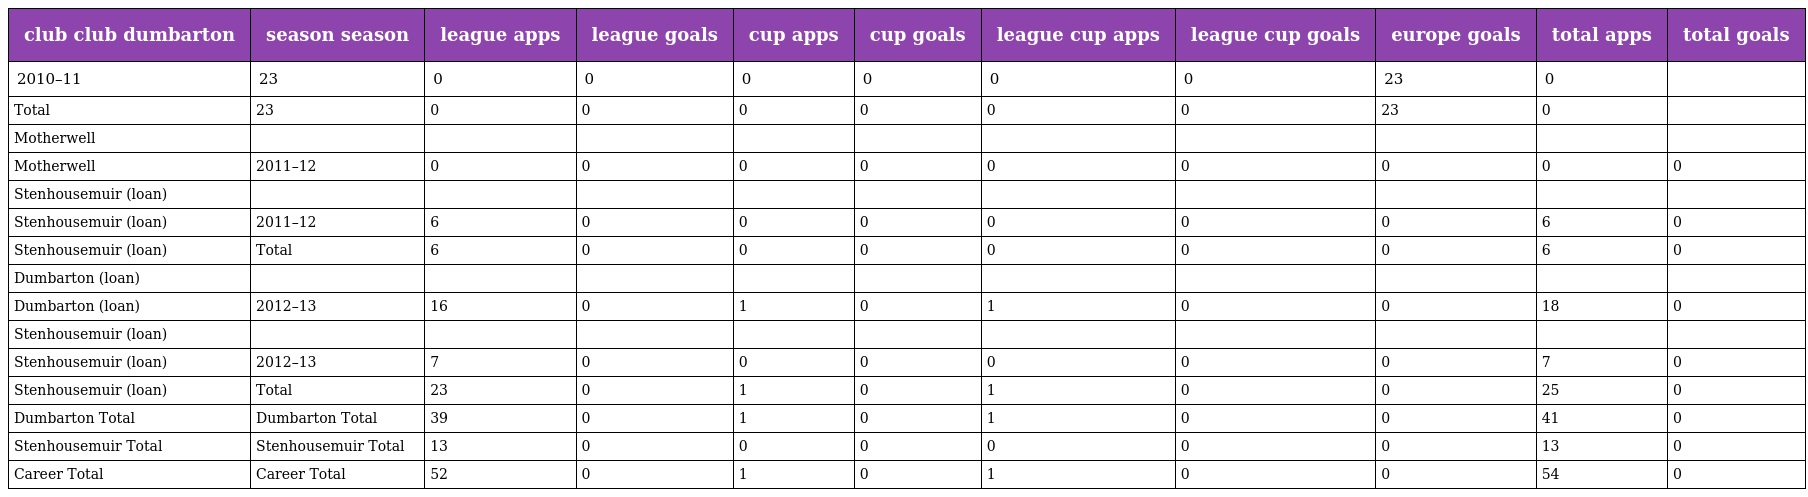
| club club dumbarton | season season | league apps | league goals | cup apps | cup goals | league cup apps | league cup goals | europe goals | total apps | total goals |
 | --- | --- | --- | --- | --- | --- | --- | --- | --- | --- | --- |
 | 2010–11 | 23 | 0 | 0 | 0 | 0 | 0 | 0 | 23 | 0 |  |
 | Total | 23 | 0 | 0 | 0 | 0 | 0 | 0 | 23 | 0 |  |
 | Motherwell |  |  |  |  |  |  |  |  |  |  |
 | Motherwell | 2011–12 | 0 | 0 | 0 | 0 | 0 | 0 | 0 | 0 | 0 |
 | Stenhousemuir (loan) |  |  |  |  |  |  |  |  |  |  |
 | Stenhousemuir (loan) | 2011–12 | 6 | 0 | 0 | 0 | 0 | 0 | 0 | 6 | 0 |
 | Stenhousemuir (loan) | Total | 6 | 0 | 0 | 0 | 0 | 0 | 0 | 6 | 0 |
 | Dumbarton (loan) |  |  |  |  |  |  |  |  |  |  |
 | Dumbarton (loan) | 2012–13 | 16 | 0 | 1 | 0 | 1 | 0 | 0 | 18 | 0 |
 | Stenhousemuir (loan) |  |  |  |  |  |  |  |  |  |  |
 | Stenhousemuir (loan) | 2012–13 | 7 | 0 | 0 | 0 | 0 | 0 | 0 | 7 | 0 |
 | Stenhousemuir (loan) | Total | 23 | 0 | 1 | 0 | 1 | 0 | 0 | 25 | 0 |
 | Dumbarton Total | Dumbarton Total | 39 | 0 | 1 | 0 | 1 | 0 | 0 | 41 | 0 |
 | Stenhousemuir Total | Stenhousemuir Total | 13 | 0 | 0 | 0 | 0 | 0 | 0 | 13 | 0 |
 | Career Total | Career Total | 52 | 0 | 1 | 0 | 1 | 0 | 0 | 54 | 0 |